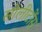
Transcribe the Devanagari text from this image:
सोलीटोंस